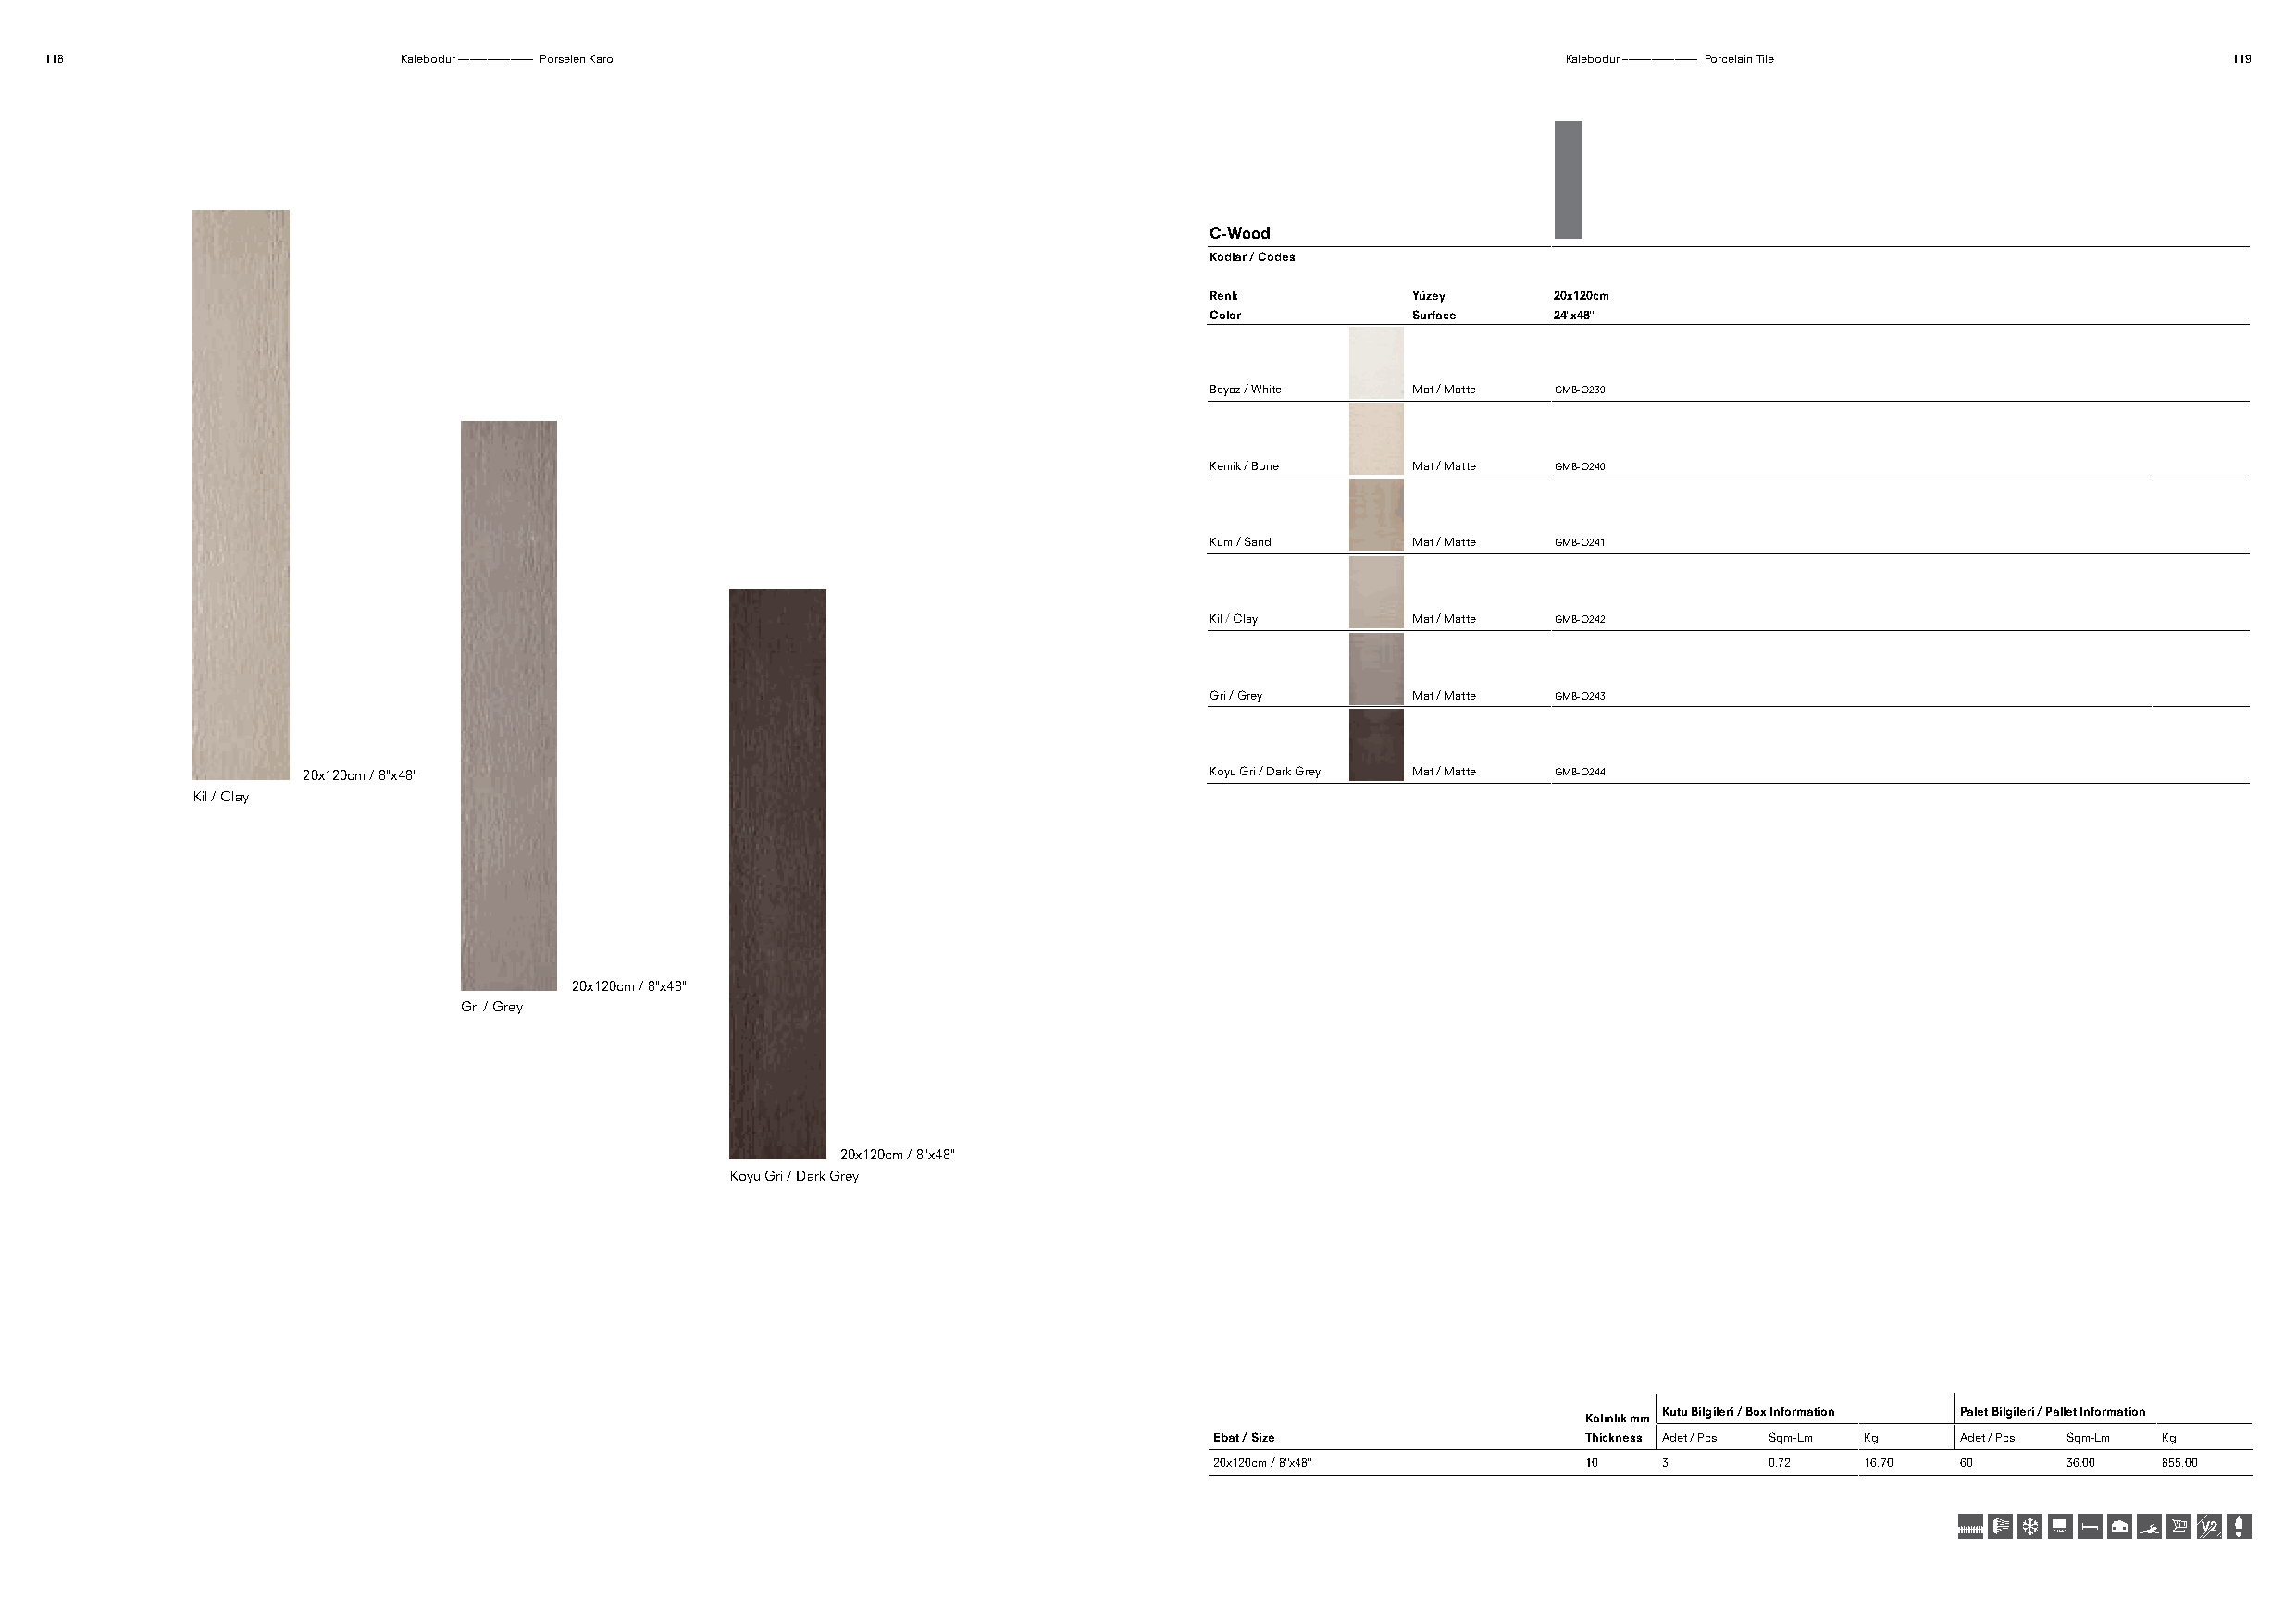
118                       Kalebodur ––––––––––––– Porselen Karo                                              Kalebodur ––––––––––––– Porcelain Tile          119
 C-Wood
 Kodlar / Codes
 Renk          Yüzey     20x120cm
 Color         Surface   24"x48"
 Beyaz / White Mat / Matte GMB-O239
 Kemik / Bone  Mat / Matte GMB-O240
 Kum / Sand    Mat / Matte GMB-O241
 Kil / Clay    Mat / Matte GMB-O242
 Gri / Grey    Mat / Matte GMB-O243
 20x120cm / 8"x48"                                                Koyu Gri / Dark Grey Mat / Matte GMB-O244
 Kil / Clay
 20x120cm / 8"x48"
 Gri / Grey
 20x120cm / 8"x48"
 Koyu Gri / Dark Grey
 Kutu Bilgileri / Box Information Palet Bilgileri / Pallet Information
 Kalınlık mm
 Ebat / Size               Thickness Adet / Pcs Sqm-Lm Kg Adet / Pcs Sqm-Lm Kg
 20x120cm / 8"x48"         10    3      0.72   16.70  60      36.00  855.00